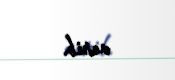
verib.